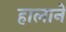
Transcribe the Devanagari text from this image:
हालानें